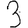
Digit: 3